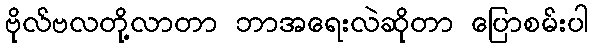
ဗိုလ်ဗလတို့လာတာ ဘာအရေးလဲဆိုတာ ပြောစမ်းပါ